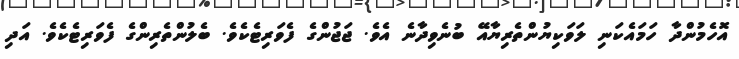
އޮހެމުންދާ ހަމައެކަނި ލަވަކިޔުންތެރިޔާއޭ ބުނެވިދާނެ އެވެ. ޖަޖުންގެ ފެވަރިޓެކެވެ. ބެލުންތެރިންގެ ފެވަރިޓެކެވެ. އަދި